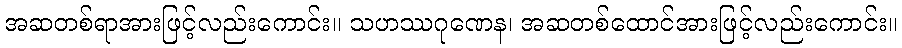
အဆတစ်ရာအားဖြင့်လည်းကောင်း။ သဟဿဂုဏေန၊ အဆတစ်ထောင်အားဖြင့်လည်းကောင်း။